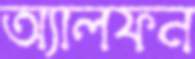
অ্যালফন